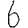
Digit: 6